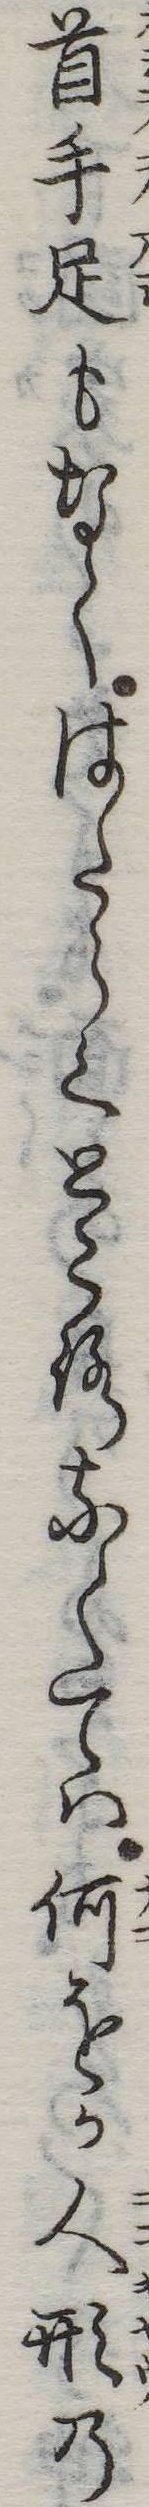
首手足もなくはたらくところなくては何をか人形の